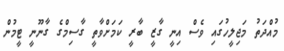
މުއްދަތު މަޖިލީހުގައި ވެސް އިނީ ގާޒީ ބާރީ ކަމަށްވާތީ ގާސިމްގެ ގާނޫނީ ޓީމުން